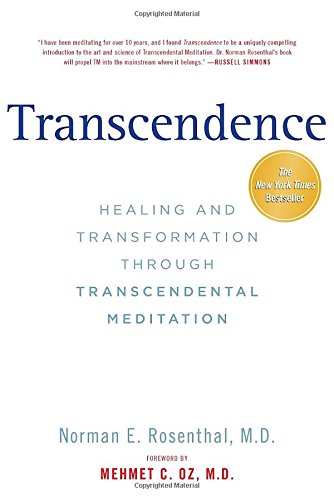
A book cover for Transcendence: Healing and Transformation Through Transcendental Meditation; Norman E Rosenthal MD; Self-Help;